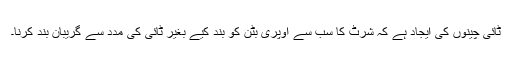
ٹائی چینوں کی ایجاد ہے کہ شرٹ کا سب سے اوپری بٹن کو بند کیے بغیر ٹائی کی مدد سے گریبان بند کرنا۔